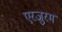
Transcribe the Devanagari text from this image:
एरजुरम